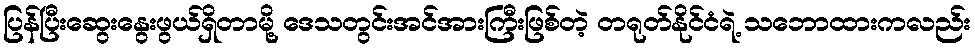
ပြန်ပြီးဆွေးနွေးဖွယ်ရှိတာမို့ ဒေသတွင်းအင်အားကြီးဖြစ်တဲ့ တရုတ်နိုင်ငံရဲ့ သဘောထားကလည်း